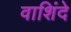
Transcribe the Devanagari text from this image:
वाशिंदे